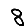
Digit: 8